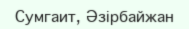
Сумгаит, Әзірбайжан